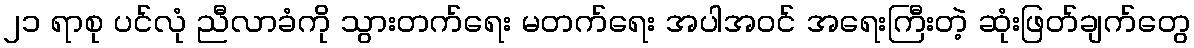
၂၁ ရာစု ပင်လုံ ညီလာခံကို သွားတက်ရေး မတက်ရေး အပါအဝင် အရေးကြီးတဲ့ ဆုံးဖြတ်ချက်တွေ